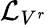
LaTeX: {\mathcal{L}}_{V^{r}}